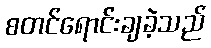
စတင်ရောင်းချခဲ့သည်